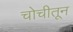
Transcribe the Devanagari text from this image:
चोचीतून